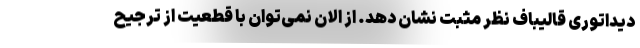
دیداتوری قالیباف نظر مثبت نشان دهد. از الان نمی‌توان با قطعیت از ترجیح